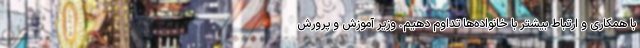
با همکاری و ارتباط بیشتر با خانواده‌ها تداوم دهیم. وزیر آموزش و پرورش